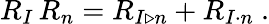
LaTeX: R_{I}\, R_{n}=R_{I\triangleright n}+R_{I\cdot n}\ .